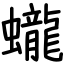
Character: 蠬